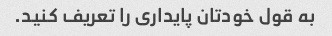
به قول خودتان پایداری را تعریف کنید.